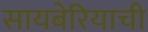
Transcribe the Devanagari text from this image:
सायबेरियाची